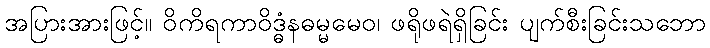
အပြားအားဖြင့်။ ဝိကိရကာဝိဒ္ဓံနဓမ္မမေဝ၊ ဖရိုဖရဲရှိခြင်း ပျက်စီးခြင်းသဘော